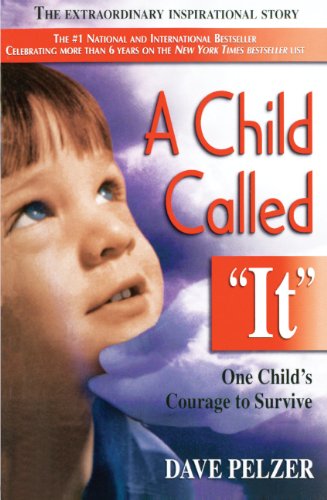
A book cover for A Child Called ""It"": One Child's Courage To Survive (Turtleback School & Library Binding Edition); Dave Pelzer; Biographies & Memoirs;